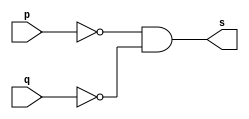
// ----------------------------------------
// Exerccio0004 - NOR + De Morgan
// Nome: Joo Henrique Mendes de Oliveira
// ----------------------------------------

// -------------------------
// -- nor gate
// -------------------------

module norgate(output s, input p, input q);
	assign s = ~p & ~q;
endmodule //-- norgate

// -------------------------
// -- test nor gate
// -------------------------

module testnorgate;
	reg a, b;
	wire s;
	
	norgate NOR1(s, a, b);
	
	initial begin:start
		a = 0; b = 0;
	end //-- start

	initial begin:main
		$display("Exerccio0005 - Joo Henrique - 392734");
		$display("Test NOR gate");
		$display("\n~a & ~b = s\n");
		
		a = 0; b = 0;
	#1 $display("~%b & ~%b = %b", a, b, s);
		a = 0; b = 1;
	#1 $display("~%b & ~%b = %b", a, b, s);
		a = 1; b = 0;
	#1 $display("~%b & ~%b = %b", a, b, s);
		a = 1; b = 1;
	#1 $display("~%b & ~%b = %b", a, b, s);
	
	end //-- main

endmodule //-- testnorgate